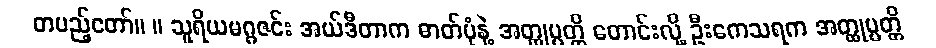
တပည့်တော်။ ။ သူရိယမဂ္ဂဇင်း အယ်ဒီတာက ဓာတ်ပုံနဲ့ အတ္ထုပ္ပတ္တိ တောင်းလို့ ဦးကေသရက အတ္ထုပ္ပတ္တိ